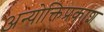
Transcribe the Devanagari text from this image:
अन्योक्तिप्रकाश